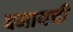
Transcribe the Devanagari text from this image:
बनायची